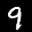
Label: 9